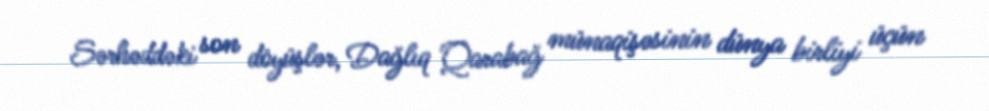
Sərhəddəki son döyüşlər, Dağlıq Qarabağ münaqişəsinin dünya birliyi üçün